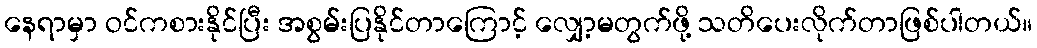
နေရာမှာ ဝင်ကစားနိုင်ပြီး အစွမ်းပြနိုင်တာကြောင့် လျှော့မတွက်ဖို့ သတိပေးလိုက်တာဖြစ်ပါတယ်။